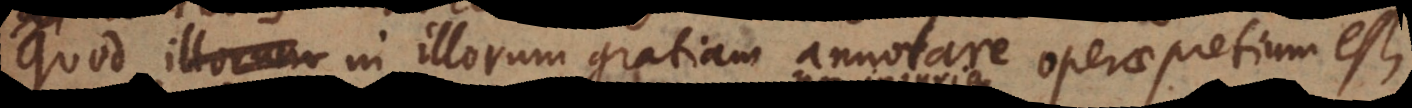
Quod in illorum gratiam annotare operae pretium est,